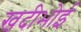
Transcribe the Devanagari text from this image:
खदीभोई